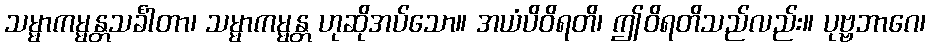
သမ္မာကမ္မန္တသင်္ခါတာ၊ သမ္မာကမ္မန္တ ဟုဆိုအပ်သော။ အယံပိဝိရတိ၊ ဤဝိရတိသည်လည်း။ ပုဗ္ဗဘာဂေ၊